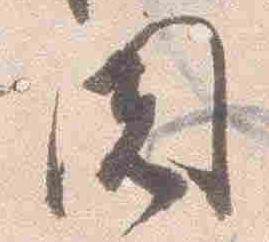
関